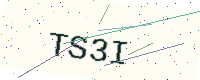
Text: TS3I